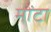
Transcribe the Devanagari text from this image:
मोंटा